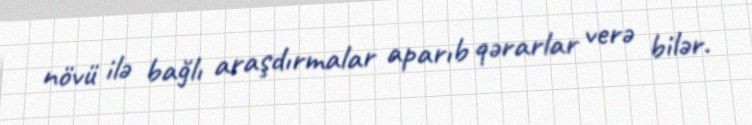
növü ilə bağlı araşdırmalar aparıb qərarlar verə bilər.